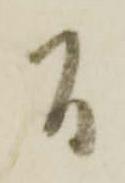
間